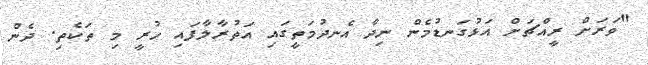
"ވަރަށް ރީއްޗަށް އަޅުގަނޑުމެން ނިދާ އެނދުމަތީގައި އަތުރާލާފައި ހުރީ މި ތަކެތި. ދެން